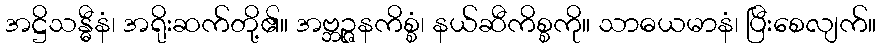
အဋ္ဌိသန္ဓီနံ၊ အရိုးဆက်တို့၏။ အဗ္ဘဉ္ဇနကိစ္စံ၊ နယ်ဆီကိစ္စကို။ သာဓယမာနံ၊ ပြီးစေလျက်။